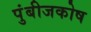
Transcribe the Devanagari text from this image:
पुंबीजकोष